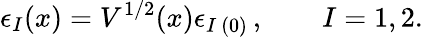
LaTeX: \epsilon_{I}(x)=V^{1/2}(x)\epsilon_{I\ (0)}\, ,\qquad I=1,2.